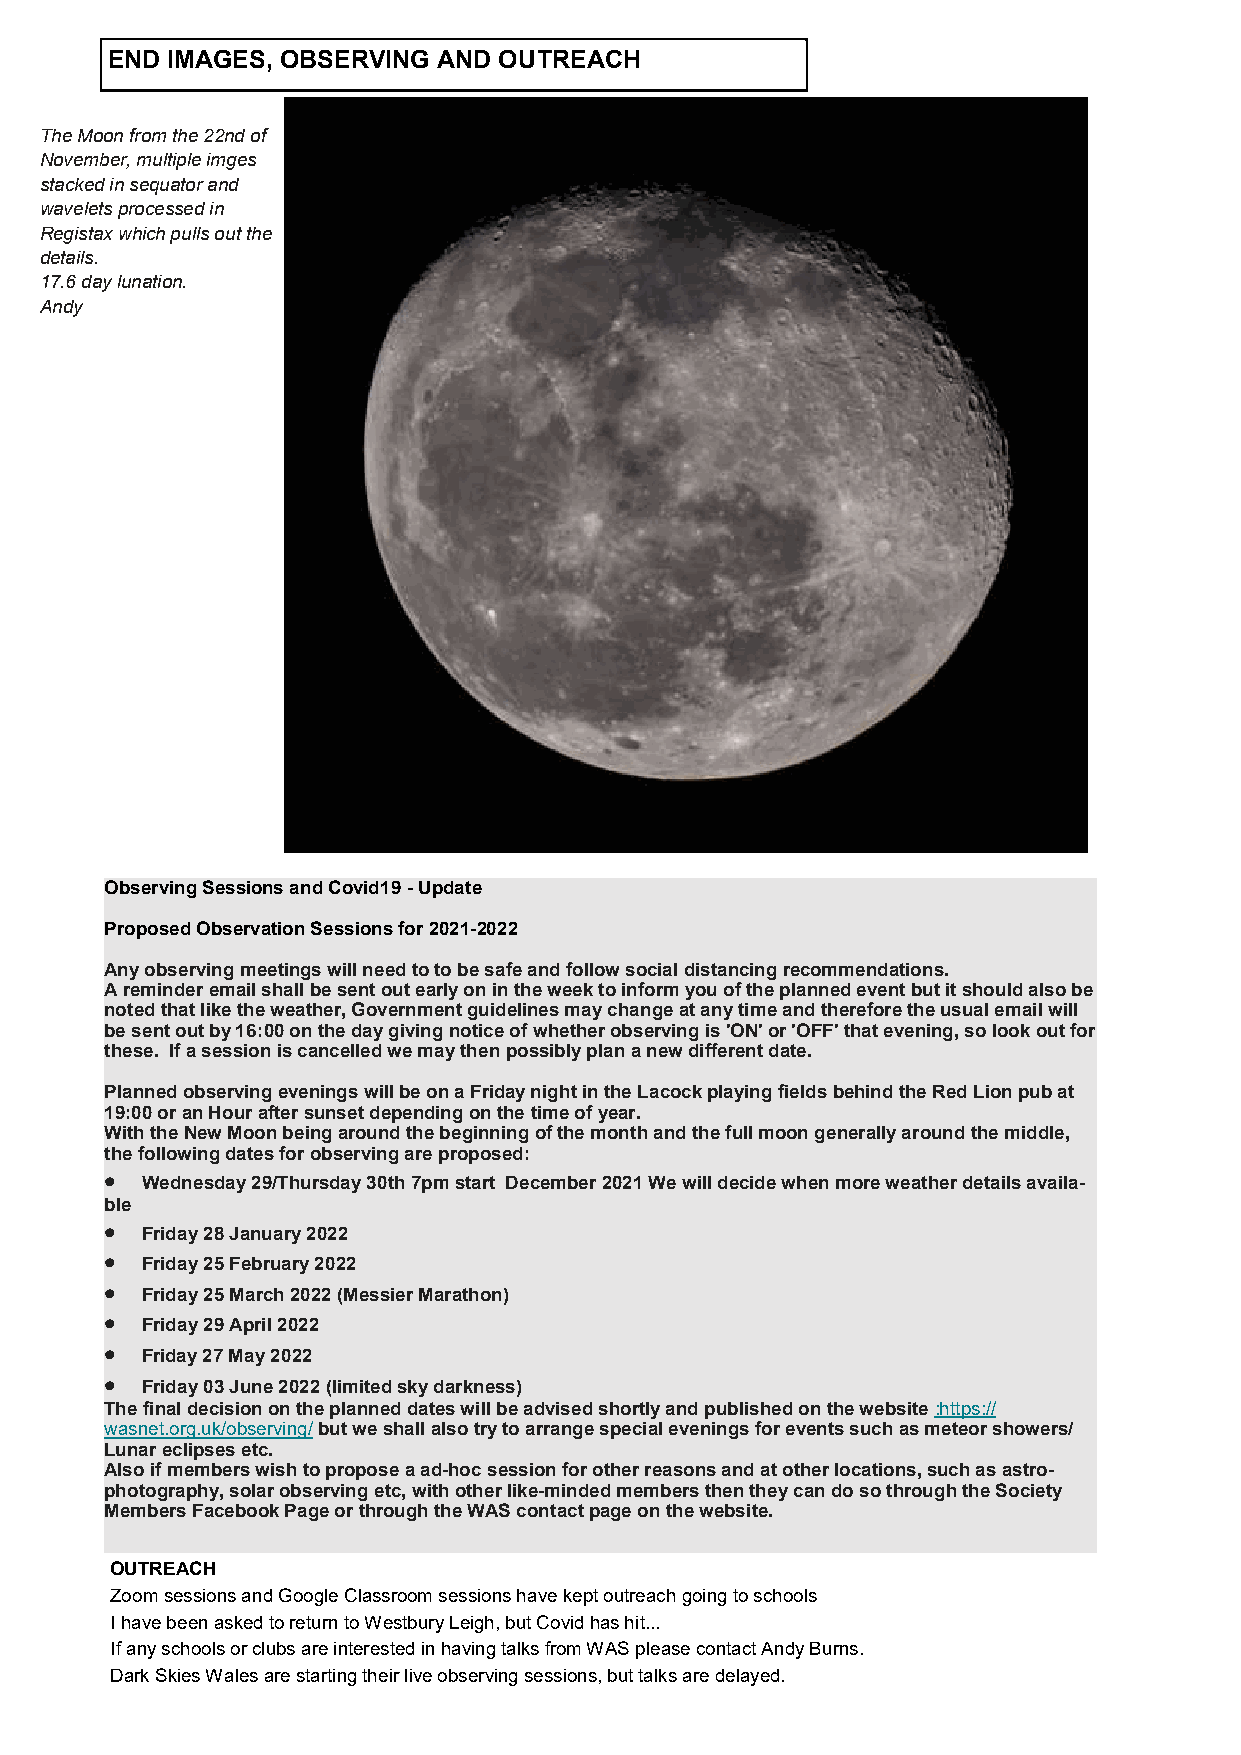
END IMAGES, OBSERVING AND OUTREACH
 The Moon from the 22nd of
 November, multiple imges
 stacked in sequator and
 wavelets processed in
 Registax which pulls out the
 details.
 17.6 day lunation.
 Andy
 Observing Sessions and Covid19 - Update
 Proposed Observation Sessions for 2021-2022
 Any observing meetings will need to to be safe and follow social distancing recommendations.
 A reminder email shall be sent out early on in the week to inform you of the planned event but it should also be
 noted that like the weather, Government guidelines may change at any time and therefore the usual email will
 be sent out by 16:00 on the day giving notice of whether observing is 'ON' or 'OFF' that evening, so look out for
 these. If a session is cancelled we may then possibly plan a new different date.
 Planned observing evenings will be on a Friday night in the Lacock playing fields behind the Red Lion pub at
 19:00 or an Hour after sunset depending on the time of year.
 With the New Moon being around the beginning of the month and the full moon generally around the middle,
 the following dates for observing are proposed:
 • Wednesday 29/Thursday 30th 7pm start December 2021 We will decide when more weather details availa-
 ble
 • Friday 28 January 2022
 • Friday 25 February 2022
 • Friday 25 March 2022 (Messier Marathon)
 • Friday 29 April 2022
 • Friday 27 May 2022
 • Friday 03 June 2022 (limited sky darkness)
 The final decision on the planned dates will be advised shortly and published on the website :https://
 wasnet.org.uk/observing/ but we shall also try to arrange special evenings for events such as meteor showers/
 Lunar eclipses etc.
 Also if members wish to propose a ad-hoc session for other reasons and at other locations, such as astro-
 photography, solar observing etc, with other like-minded members then they can do so through the Society
 Members Facebook Page or through the WAS contact page on the website.
 OUTREACH
 Zoom sessions and Google Classroom sessions have kept outreach going to schools
 I have been asked to return to Westbury Leigh, but Covid has hit...
 If any schools or clubs are interested in having talks from WAS please contact Andy Burns.
 Dark Skies Wales are starting their live observing sessions, but talks are delayed.